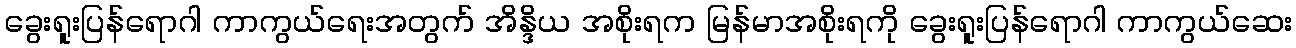
ခွေးရူးပြန်ရောဂါ ကာကွယ်ရေးအတွက် အိန္ဒိယ အစိုးရက မြန်မာအစိုးရကို ခွေးရူးပြန်ရောဂါ ကာကွယ်ဆေး